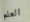
العلم